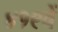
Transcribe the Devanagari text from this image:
४१९वें